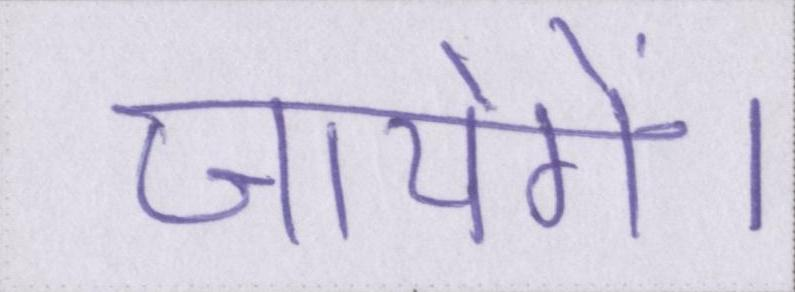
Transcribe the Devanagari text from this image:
जायेगें।